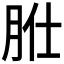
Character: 𦙰